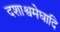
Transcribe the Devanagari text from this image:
दशाश्वमेघादि